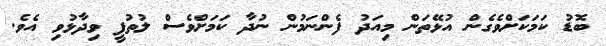
ބޮޑު ކަމަކަށްވެގެން އުޅޭތަން މިއަދު ފެންނަމުން ނުދާ ކަމަށްވެސް ލުތުފީ ވިދާޅުވި އެވެ.